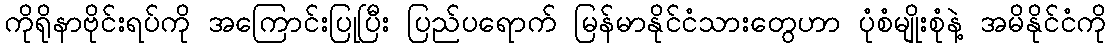
ကိုရိုနာဗိုင်းရပ်ကို အကြောင်းပြုပြီး ပြည်ပရောက် မြန်မာနိုင်ငံသားတွေဟာ ပုံစံမျိုးစုံနဲ့ အမိနိုင်ငံကို